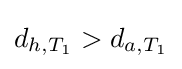
d_{h,T_{1}}>d_{a,T_{1}}